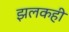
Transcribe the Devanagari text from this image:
झलकही